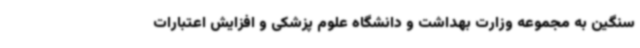
سنگین به مجموعه وزارت بهداشت و دانشگاه علوم پزشکی و افزایش اعتبارات